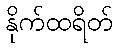
နိုက်ထရိတ်